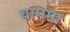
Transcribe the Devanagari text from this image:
घाममा